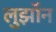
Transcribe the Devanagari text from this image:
लुझॉन